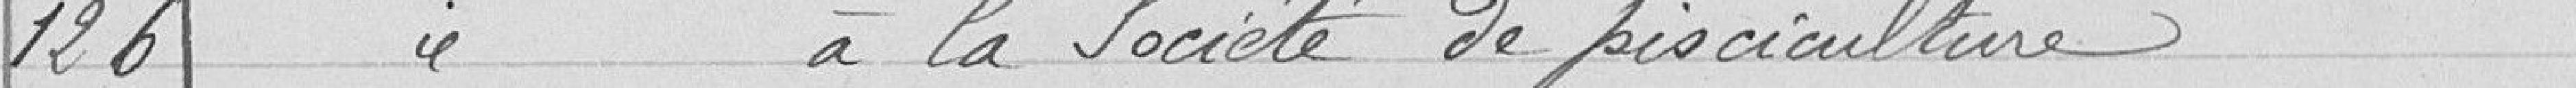
126 Subvention à la société de pisciculture